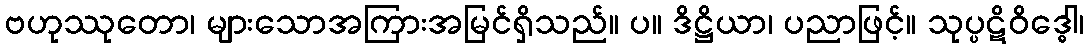
ဗဟုဿုတော၊ များသောအကြားအမြင်ရှိသည်။ ပ။ ဒိဋ္ဌိယာ၊ ပညာဖြင့်။ သုပ္ပဋိဝိဒ္ဓေါ၊